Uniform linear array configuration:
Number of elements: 16
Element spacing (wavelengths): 1
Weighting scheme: hann
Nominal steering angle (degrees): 0
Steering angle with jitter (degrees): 1.828
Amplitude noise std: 0.05
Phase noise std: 0.05

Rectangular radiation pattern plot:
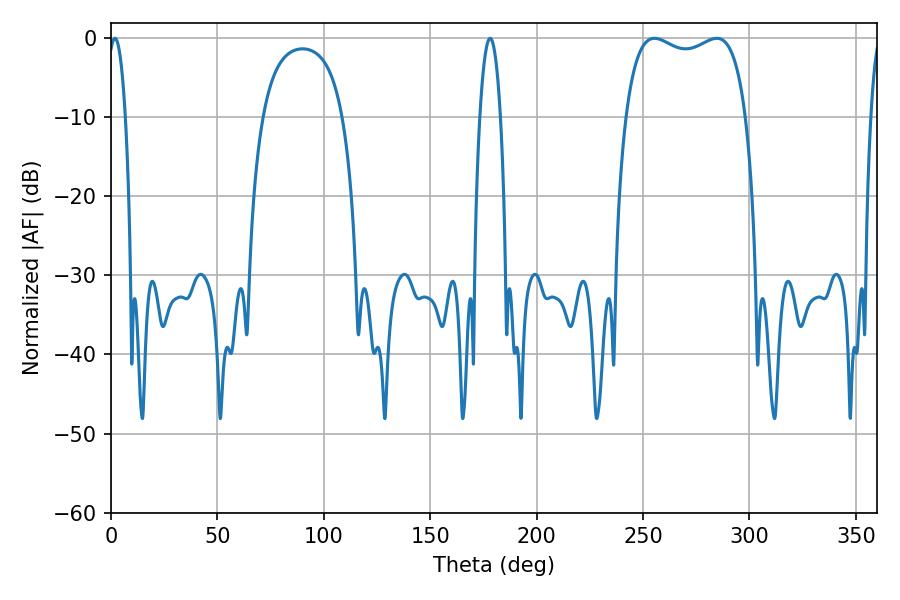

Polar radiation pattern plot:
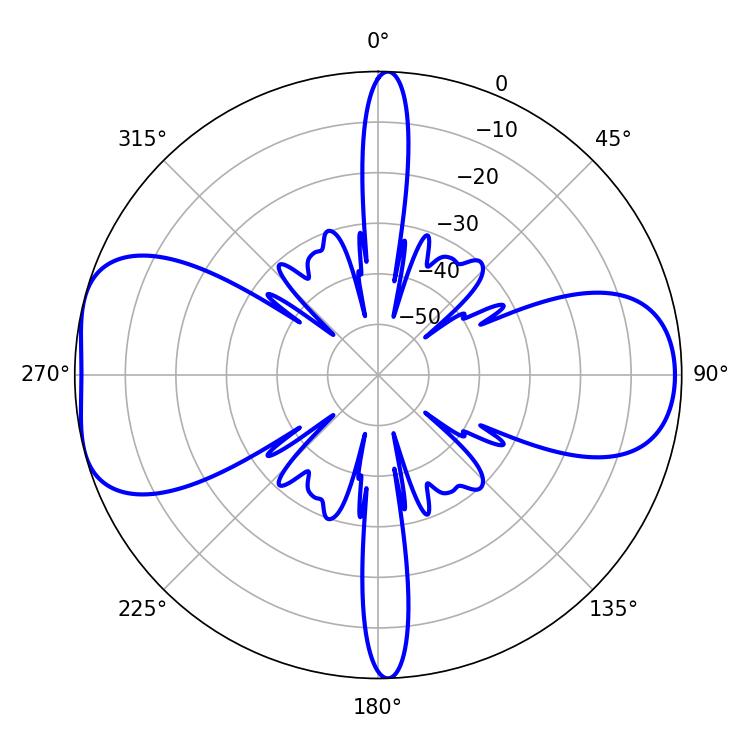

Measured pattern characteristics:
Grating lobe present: TRUE
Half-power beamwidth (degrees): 46.08
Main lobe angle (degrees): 255.42